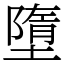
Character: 墮